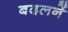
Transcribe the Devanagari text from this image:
बदलनें